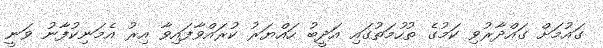
ގައުމަށް ގައްދާރުވި ކަމުގެ ތުހުމަތުގައި އަދީބު ހައްޔަރު ކުރައްވާފައިވާ އިރު އެމަނިކުފާނު ވަނީ